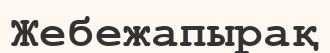
Жебежапырақ